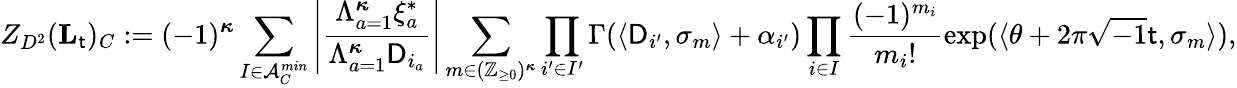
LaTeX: Z_{D^{2}}(\mathbf{L}_{\mathsf{t}})_{C}:=(-1)^{{\boldsymbol{\kappa}}}\sum_{I\in\mathcal{A}_{C}^{min}}\left|\frac{\Lambda_{a=1}^{{\boldsymbol{\kappa}}}\xi_{a}^{*}}{\Lambda_{a=1}^{{\boldsymbol{\kappa}}}\mathsf{D}_{i_{a}}}\right|\sum_{m\in(\mathbb{Z}_{\ge 0})^{{\boldsymbol{\kappa}}}}\prod_{i^{\prime}\in I^{\prime}}\Gamma(\langle\mathsf{D}_{i^{\prime}},\sigma_{m}\rangle+\alpha_{i^{\prime}})\prod_{i\in I}\frac{(-1)^{m_{i}}}{m_{i}!}\exp(\langle\theta+2\pi\sqrt{-1}\mathsf{t},\sigma_{m}\rangle),